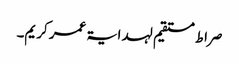
صراط مستقیم لہدایۃ عمر کریم۔